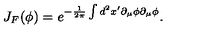
J _ { F } ( \phi ) = e ^ { - \frac { 1 } { 2 \pi } \int d ^ { 2 } x ^ { \prime } \partial _ { \mu } \phi \partial _ { \mu } \phi } .